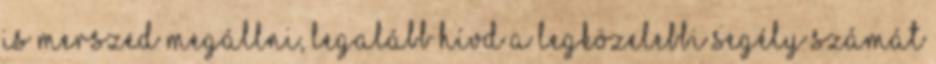
is merszed megállni, legalább hívd a legközelebbi segély számát